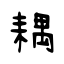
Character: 耦